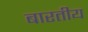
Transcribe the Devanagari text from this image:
बारतीय